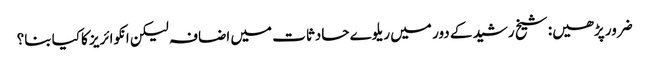
ضرور پڑھیں: شیخ رشید کے دور میں ریلوے حادثات میں اضافہ لیکن انکوائریز کاکیا بنا؟